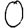
Digit: 0